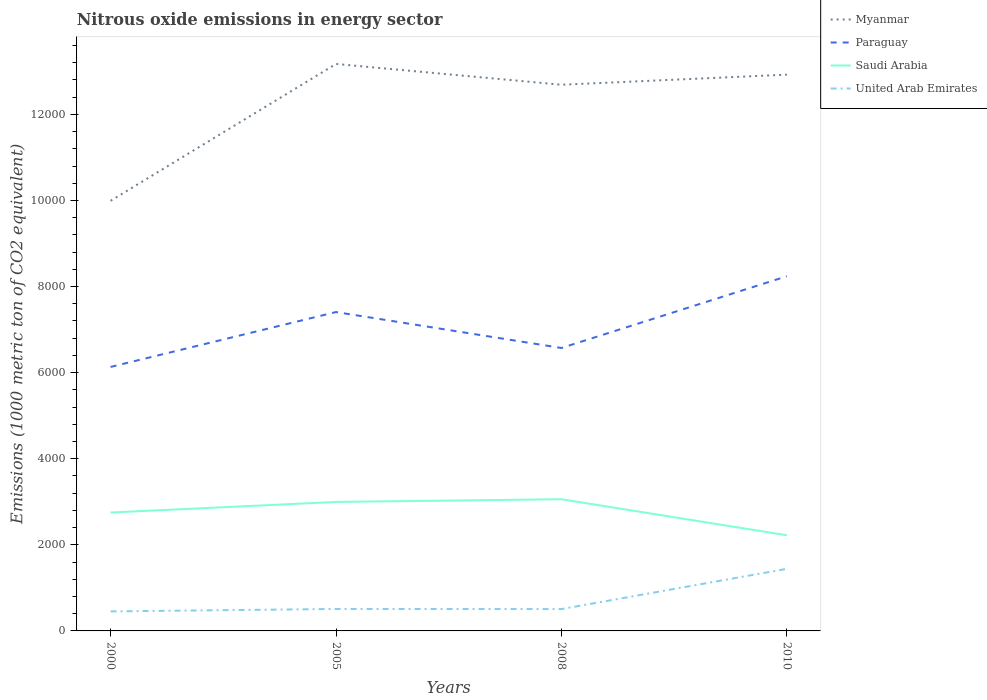
| Years | Myanmar | Paraguay | Saudi Arabia | United Arab Emirates |
 | --- | --- | --- | --- | --- |
 | 2000 | 9.99e+03 | 6.13e+03 | 2.75e+03 | 454 |
 | 2005 | 1.32e+04 | 7.41e+03 | 3e+03 | 510 |
 | 2008 | 1.27e+04 | 6.57e+03 | 3.06e+03 | 508 |
 | 2010 | 1.29e+04 | 8.24e+03 | 2.22e+03 | 1.44e+03 |